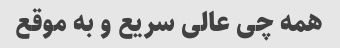
همه چی عالی سریع و به موقع